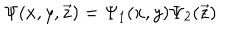
\Psi ( x , y , \vec { z } ) = \Psi _ { 1 } ( x , y ) \Psi _ { 2 } ( \vec { z } )